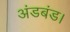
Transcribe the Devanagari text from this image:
अंडबंड।